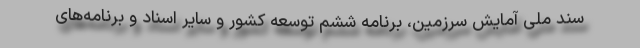
سند ملی آمایش سرزمین، برنامه ششم توسعه کشور و سایر اسناد و برنامه‌های